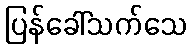
ပြန်ခေါ်သက်သေ